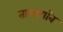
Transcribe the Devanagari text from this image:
तालागॉव